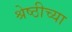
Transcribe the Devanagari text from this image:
श्रेष्ठीच्या